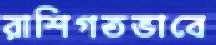
রাশিগতভাবে